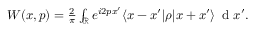
\begin{array} { r } { W ( x , p ) = \frac { 2 } { \pi } \int _ { \mathbb { R } } e ^ { i 2 p x ^ { \prime } } \langle x - x ^ { \prime } | \rho | x + x ^ { \prime } \rangle \, \mathrm { ~ d ~ } x ^ { \prime } . } \end{array}